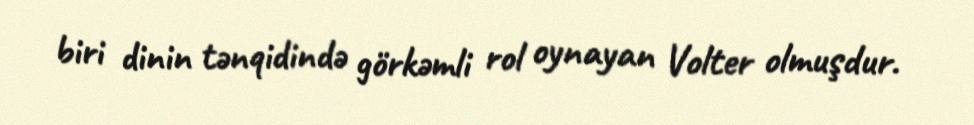
biri dinin tənqidində görkəmli rol oynayan Volter olmuşdur.